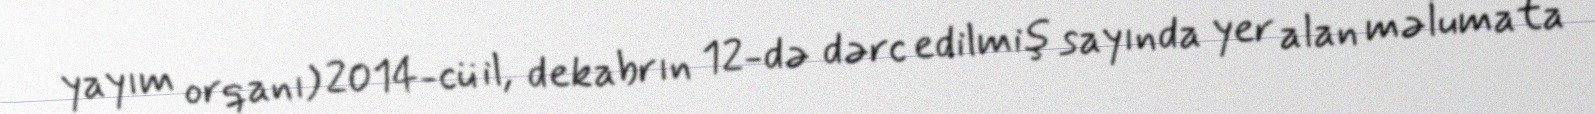
yayım orqanı) 2014-cü il, dekabrın 12-də dərc edilmiş sayında yer alan məlumata